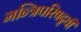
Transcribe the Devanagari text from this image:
मन्त्रिपरिषद्‍थी